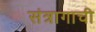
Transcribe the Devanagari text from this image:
संत्रागाची